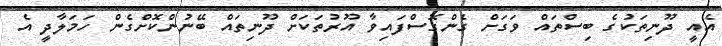
އެއީ ދޫނިތަކުގެ ބިސްތައް ވަގަށް ގެންގޮސްފައިވާ އޫރުތަކަށް ދޫނިތައް ބޭނުންކޮށްގެން ހަމަލާދީ އެ